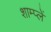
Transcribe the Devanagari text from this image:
शाम्प्लें